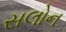
સલોન